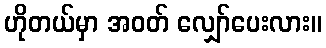
ဟိုတယ်မှာ အဝတ် လျှော်ပေးလား။